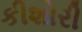
કીશોરી